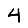
Digit: 4